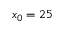
x _ { 0 } = 2 5